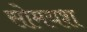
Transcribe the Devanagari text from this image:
सोमयश